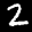
Digit: 2